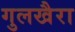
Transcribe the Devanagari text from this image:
गुलखैरा